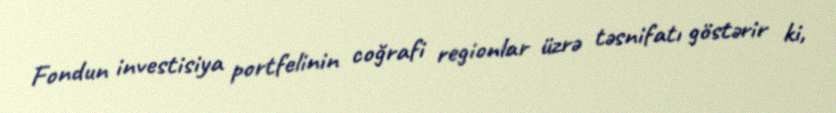
Fondun investisiya portfelinin coğrafi regionlar üzrə təsnifatı göstərir ki,